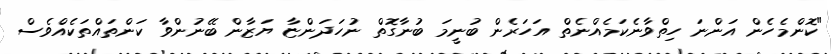
"ކޮންމެހެން އަންނަ ހިތްވާނެކަމެއްނެތް އަހަރެން ބުނީމަ ބުނާގޮތް ނުހަދަންޏާ ޔަޒާން ބޭނުންވާ ކަންތައްތަކެއްވެސް